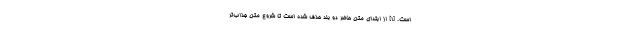
است. [۱] از ابتدای متن حاضر دو بند حذف شده است تا شروع متن جذاب‌تر